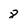
Character: 8